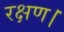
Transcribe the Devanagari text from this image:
रक्षण।